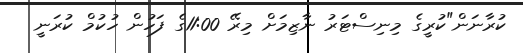
ކުރާނަން"ކުރީގެ މިނިސްޓަރު ނާޒިމަށް މިރޭ 11:00ގެ ފަހުން ހުކުމް ކުރަނީ